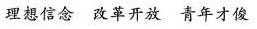
理想信念 改革开放 青年才俊